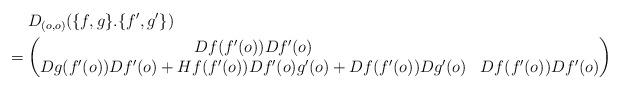
LaTeX: \begin{align*}&\hphantom{{}={}}D_{(o,o)}(\{f,g\}.\{f',g'\})\\*&=\begin{pmatrix}Df(f'(o))Df'(o)\\Dg(f'(o))Df'(o)+Hf(f'(o))Df'(o)g'(o)+Df(f'(o))Dg'(o) & Df(f'(o))Df'(o)\end{pmatrix}\end{align*}